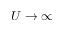
U \to \infty